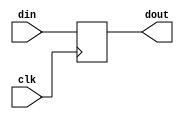
module aluout(din,clk,dout);
    input   [31:0]   din ;
    input            clk ;
    output  [31:0]   dout ;
    
    reg   [31:0]   dout ;
    
    always @(posedge clk)
       dout <= din ;
    
    
endmodule